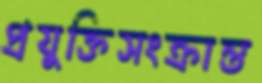
প্রযুক্তিসংক্রান্ত